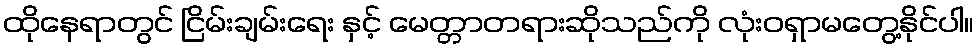
ထိုနေရာတွင် ငြိမ်းချမ်းရေး နှင့် မေတ္တာတရားဆိုသည်ကို လုံးဝရှာမတွေ့နိုင်ပါ။